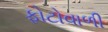
ફોટોવાળી